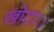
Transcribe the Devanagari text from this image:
खोटा।।